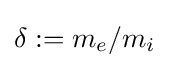
\delta :=m_{e}/m_{i}